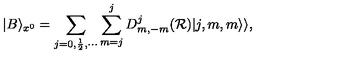
| B \rangle _ { x ^ { 0 } } = \sum _ { j = 0 , \frac { 1 } { 2 } , \cdots } \sum _ { m = j } ^ { j } D _ { m , - m } ^ { j } ( { \cal R } ) | j , m , m \rangle \rangle ,